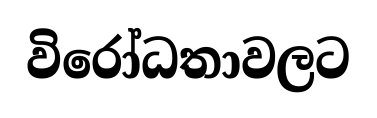
විරෝධතාවලට